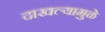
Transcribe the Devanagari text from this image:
दाखल्यामुळे